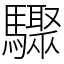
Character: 驟